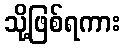
သို့ဖြစ်ရကား